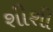
શીશી